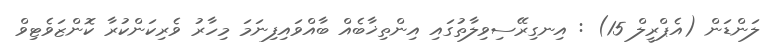
ލަންޑަން (އެޕްރީލް 15) : އިނގިރޭސިވިލާތުގައި އިންތިޚާބެއް ބާއްވައިފިނަމަ މިހާރު ވެރިކަންކުރާ ކޮންޒަވެޓިވް